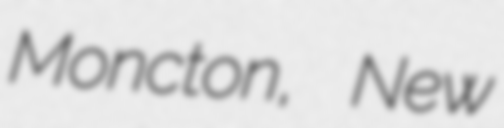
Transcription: Moncton, New